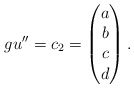
\begin{align*}gu'' = c_2 = \begin{pmatrix}a\\b\\c\\d\end{pmatrix}. \end{align*}